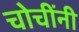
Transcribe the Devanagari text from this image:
चोचींनी